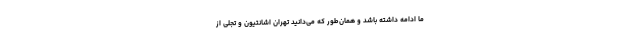
ما ادامه داشته باشد و همان‌طور که می‌دانید تهران اشانتیون و تجلی از